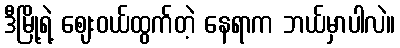
ဒီမြို့ရဲ့ ဈေးဝယ်ထွက်တဲ့ နေရာက ဘယ်မှာပါလဲ။